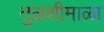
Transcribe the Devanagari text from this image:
तुळशीमाळा